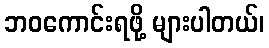
ဘဝကောင်းရဖို့ များပါတယ်၊